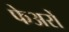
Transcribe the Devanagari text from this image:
फेअरों